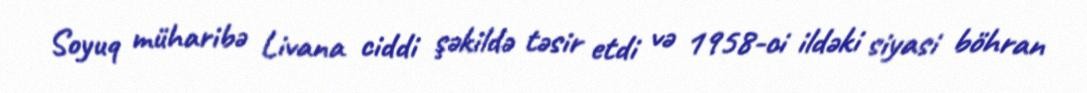
Soyuq müharibə Livana ciddi şəkildə təsir etdi və 1958-ci ildəki siyasi böhran